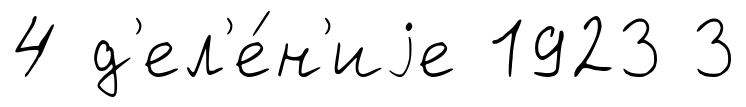
4 д'ел'е́н'иjе 1923 3